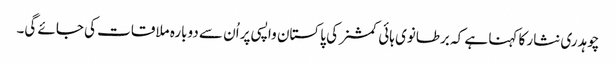
چوہدری نثار کا کہنا ہے کہ برطانوی ہائی کمشنر کی پاکستان واپسی پر اُن سے دوبارہ ملاقات کی جائے گی۔